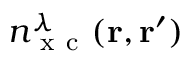
\ensuremath { n _ { \mathrm { ~ x ~ c ~ } } ^ { \lambda } } ( \ensuremath { \mathbf { r } } , \ensuremath { \mathbf { r } } ^ { \prime } )